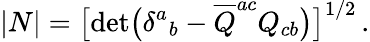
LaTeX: |N|=\bigl[\operatorname*{det}\bigl(\delta^{a}{}_{b}-{\overline{{Q}}}^{ac}Q_{cb}\bigr)\bigr]^{1/2}\, .